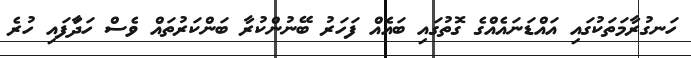
ހަނގުރާމަތަކުގައި އައްޑަނައެއްގެ ގޮތުގައި ބައެއް ފަހަރު ބޭނުންކުރާ ބަންކަރުތައް ވެސް ހަދާަފައި ހުރެ